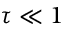
\tau \ll 1